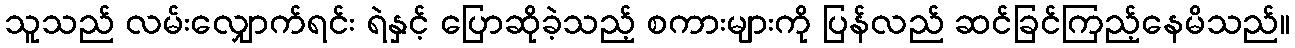
သူသည် လမ်းလျှောက်ရင်း ရဲနှင့် ပြောဆိုခဲ့သည့် စကားများကို ပြန်လည် ဆင်ခြင်ကြည့်နေမိသည်။